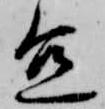
宜